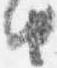
由